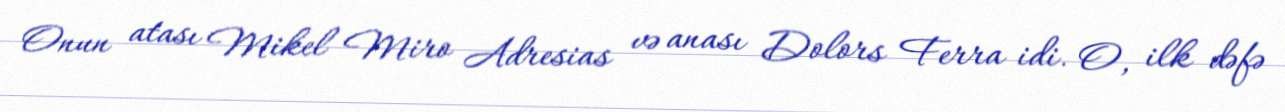
Onun atası Mikel Miro Adresias və anası Dolors Ferra idi. O, ilk dəfə